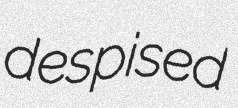
despised